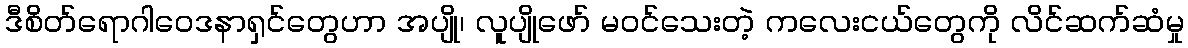
ဒီစိတ်ရောဂါဝေဒနာရှင်တွေဟာ အပျို၊ လူပျိုဖော် မဝင်သေးတဲ့ ကလေးငယ်တွေကို လိင်ဆက်ဆံမှု